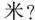
米?